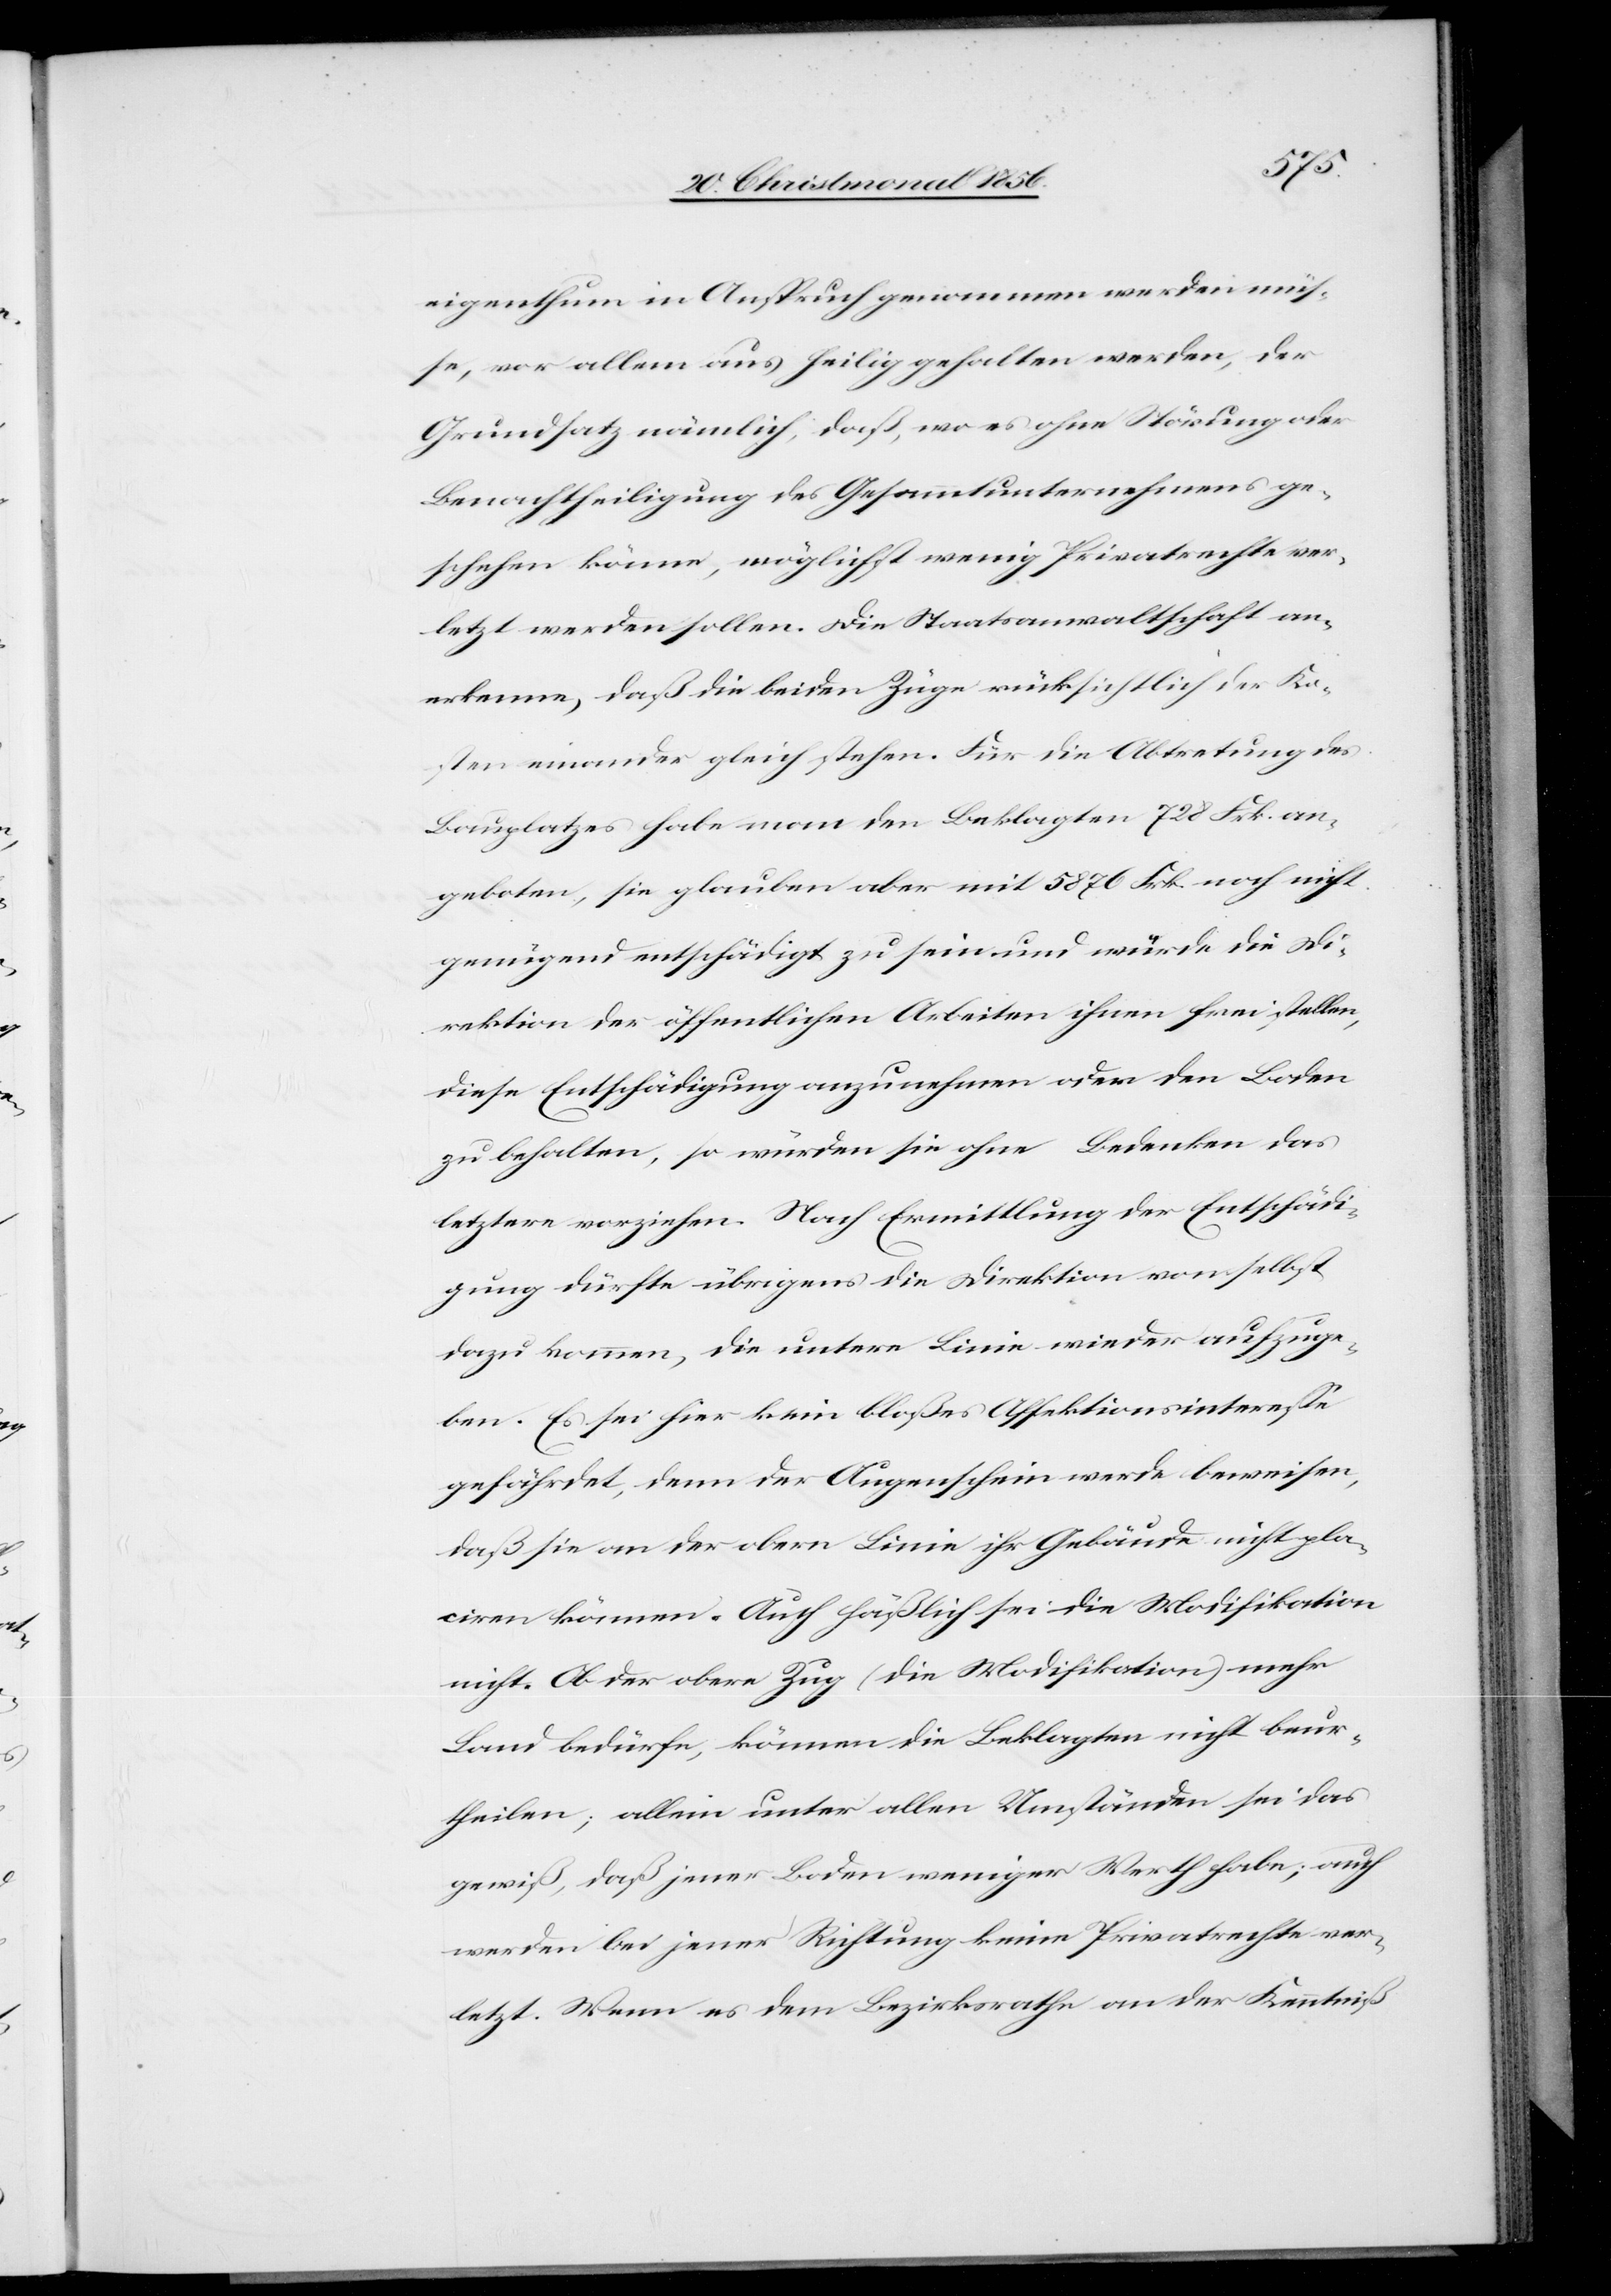
eigenthum in Anspruch genommen werden müs¬
se, vor allem aus heilig gehalten werden, der
Grundsatz nämlich, daß, wo es ohne Störung der
Benachtheiligung des Gesammtunternehmens ge¬
schehen könne, möglichst wenig Privatrechte ver¬
letzt werden sollen. Die Staatsanwaltschaft an¬
erkenne, daß die beiden Züge rücksichtlich der Ko¬
sten einander gleich stehen. Für die Abtretung des
Bauplatzes habe man den Beklagten 728 Frk. an¬
geboten, sie glauben aber mit 5876 Frk. noch nicht
genügend entschädigt zu sein und würde die Di¬
rektion der öffentlichen Arbeiten ihnen freistellen,
diese Entschädigung anzunehmen oder den Boden
zu behalten, so würden sie ohne Bedenken das
letztere vorziehen. Nach Ermittlung der Entschädi¬
gung dürfte übrigens die Direktion von selbst
dazu kommen, die untere Linie wieder aufzuge¬
ben. Es sei hier kein bloßes Affektionsinteresse
gefährdet, denn der Augenschein werde beweisen,
daß sie an der obern Linie ihr Gebäude nicht pla¬
ciren können. Auch häßlich sei die Modifikation
nicht. Ob der obere Zug (die Modifikation) mehr
Land bedürfe, können die Beklagten nicht beur¬
theilen; allein unter allen Umständen sei das
gewiß, daß jener Boden weniger Werth habe; Auch
werden bei jener Richtung keine Privatrechte ver¬
letzt. Wenn es dem Bezirksrathe an der Kenntniß